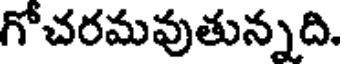
గోచరమవుతున్నది.